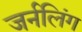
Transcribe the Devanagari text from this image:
जर्नलिंग